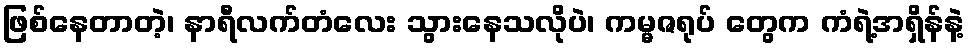
ဖြစ်နေတာတဲ့၊ နာရီလက်တံလေး သွားနေသလိုပဲ၊ ကမ္မဇရုပ် တွေက ကံရဲ့အရှိန်နဲ့